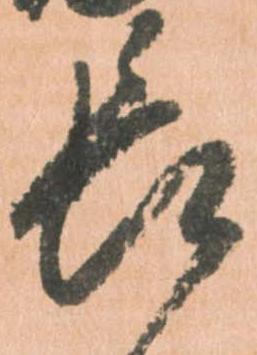
長